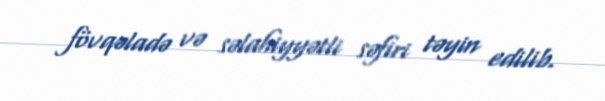
fövqəladə və səlahiyyətli səfiri təyin edilib.